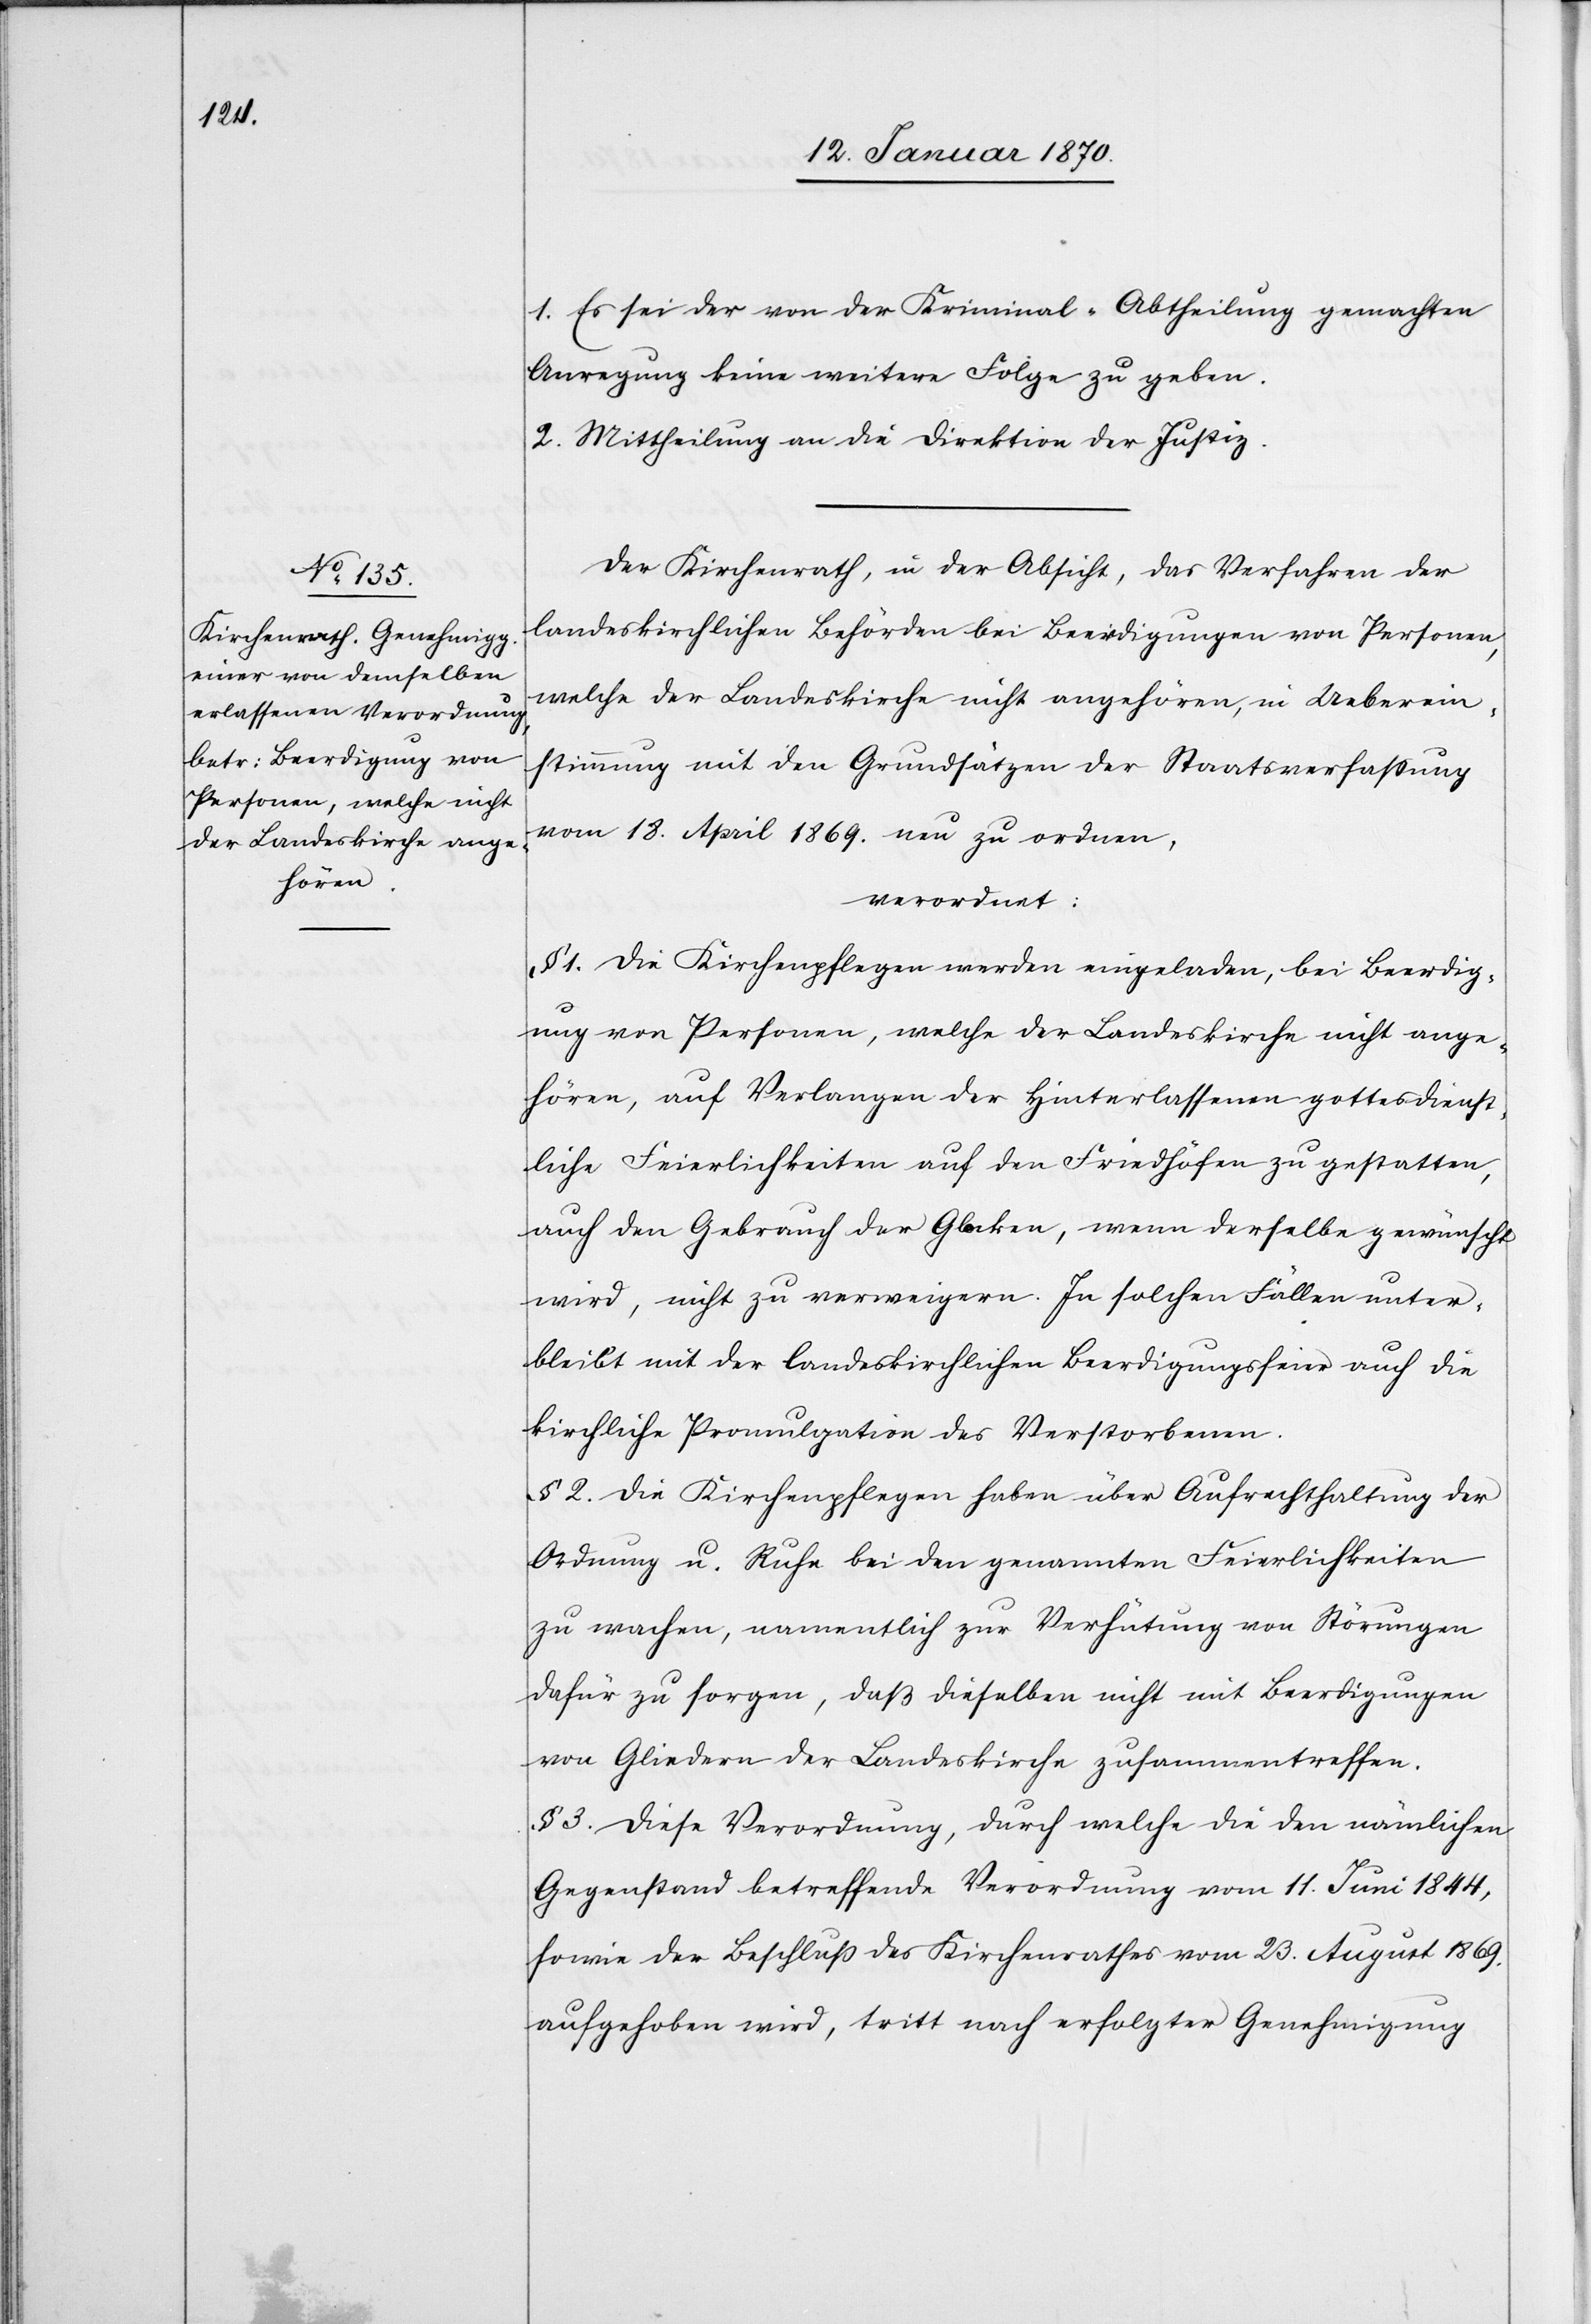
1. Es sei der von der Kriminal-Abtheilung gemachten
Anregung keine weitere Folge zu geben.
2. Mittheilung an die Direktion der Justiz.
Der Kirchenrath, in der Absicht, das Verfahren der
landeskirchlichen Behörden bei Beerdigungen von Personen,
welche der Landeskirche nicht angehören, in Ueberein¬
stimmung mit den Grundsätzen der Staatsverfassung
vom 18. April 1869. neu zu ordnen,
verordnet:
§ 1. Die Kirchenpflegen werden eingeladen, bei Beerdig¬
ung von Personen, welche der Landeskirche nicht ange¬
hören, auf Verlangen der Hinterlassenen gottesdienst¬
liche Feierlichkeiten auf den Friedhöfen zu gestatten,
auch den Gebrauch der Glocken, wenn derselbe gewünscht
wird, nicht zu verweigern. In solchen Fällen unter¬
bleibt mit der landeskirchlichen Beerdigungsfeier auch die
kirchliche Promulgation des Verstorbenen.
§ 2. Die Kirchenpflegen haben über Aufrechthaltung der
Ordnung u. Ruhe bei den genannten Feierlichkeiten
zu wachen, namentlich zur Verhütung von Störungen
dafür zu sorgen, daß dieselben nicht mit Beerdigungen
von Gliedern der Landeskirche zusammentreffen.
§ 3. Diese Verordnung, durch welche die den nämlichen
Gegenstand betreffende Verordnung vom 11. Juni 1844,
sowie der Beschluß des Kirchenrathes vom 23. August 1869.
aufgehoben wird, tritt nach erfolgter Genehmigung